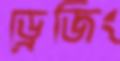
ড্রেজিং